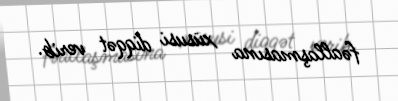
fəallaşmasına xüsusi diqqət verib.